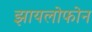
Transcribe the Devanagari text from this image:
झायलोफोन